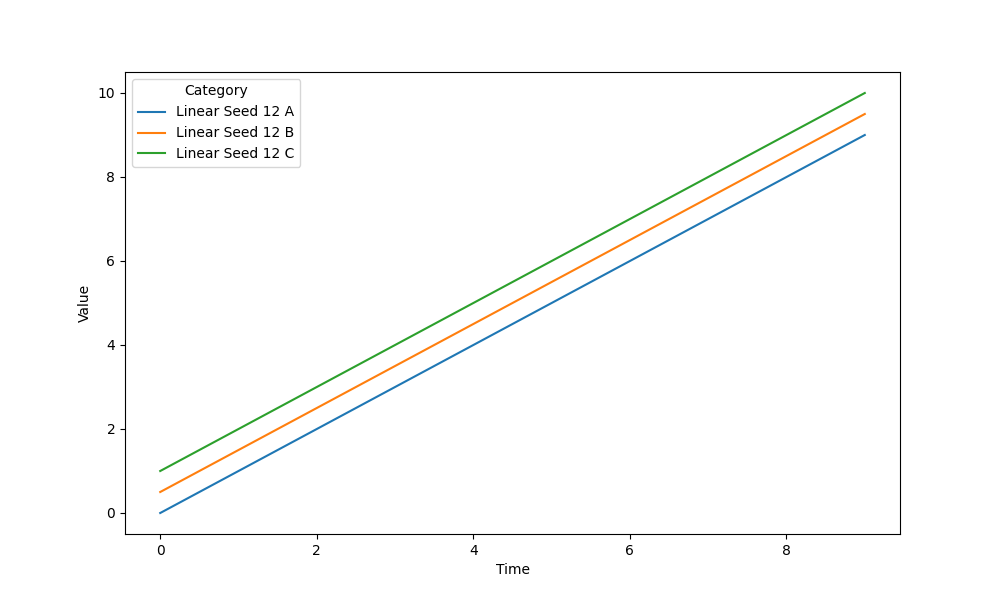
python, seaborn, lineplot, style='solid', marker='None'